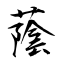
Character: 蔭